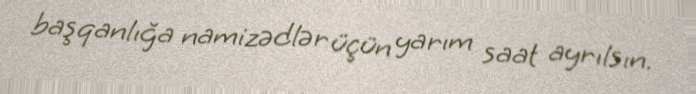
başqanlığa namizədlər üçün yarım saat ayrılsın.